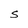
Character: S